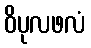
ဝိပုလဖလံ